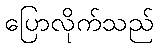
ပြောလိုက်သည်